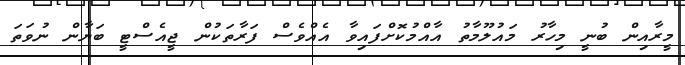
މީރާއިން ބުނީ މިހާރު މައުލޫމާތު އާއްމުކޮށްފައިވާ އެއްވެސް ފަރާތަކުން ޖީއެސްޓީ ބަޔާން ނުވަތަ